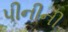
પીનીની